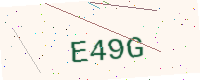
Text: E49G